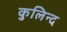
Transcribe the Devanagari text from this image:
कुलिन्द